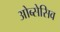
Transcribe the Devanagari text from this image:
ओब्सेसिव